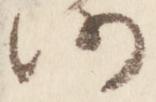
仍